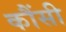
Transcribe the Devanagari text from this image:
कौंसी